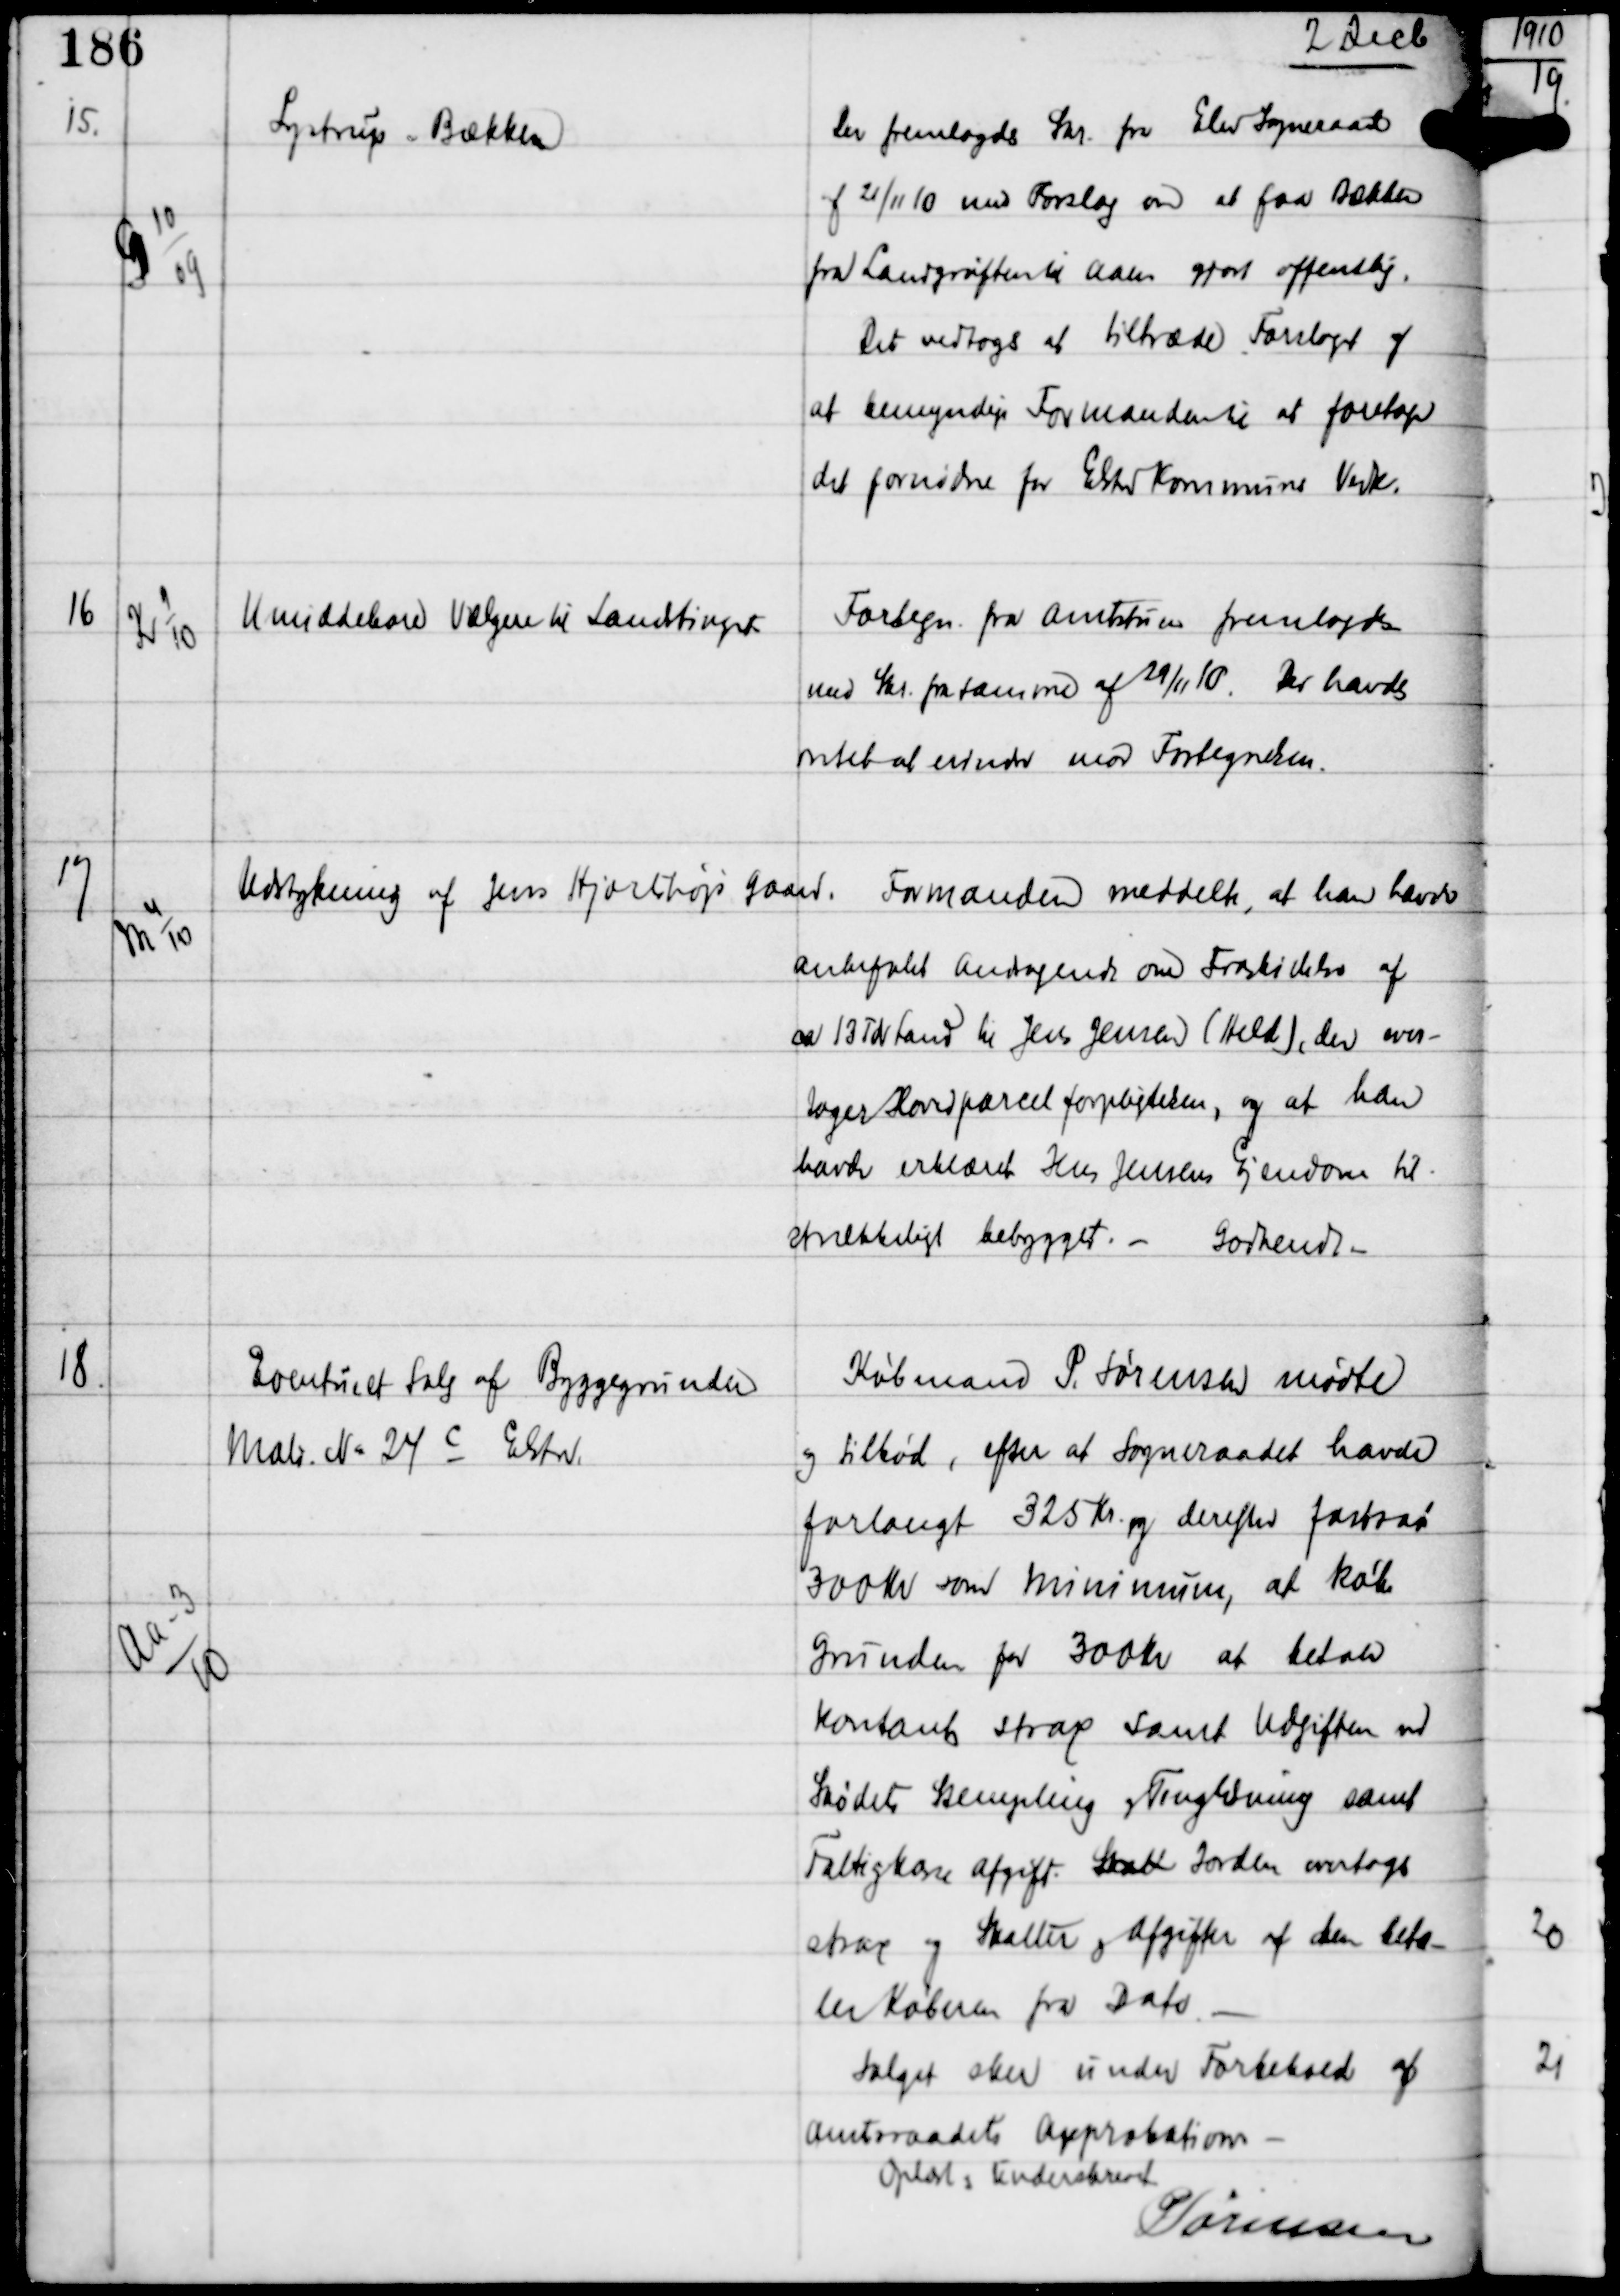
Transskription:
2 Decb

15.

G 10
09

Lystrup - Bækken

Der fremlagdes Skr fra Elev Sogneraad
af 21/11 10 med Forslag om at faa Bækken
fra Landgrøften til Aaen gjort offentlig.
Det vedtoges at tiltræde Forslaget og
at bemyndige Formanden til at foretage
det fornødne for Elsted Kommunes Vedk.

16

K 9
10

Umiddelbare Vælgere til Landstinget

Fortegn fra Amtsstuen fremlagdes
med Skr fra samme af 29/11 10. Der havdes
intet at erindre mod Fortegnelsen.

17

M 4
10

Udstykning af Jens Hjortshøjs Gaard.

Formanden meddelte, at han havde
anbefalet andragende om Fraskillelse af
ca 13 Tdr Land til Jens Jensen (Held), der over-
tager Hovedparcelforpligtelsen, og at han
havde erklæret Jens Jensens Ejendom til-
strækkeligt bebygget. -
Godkendt -

18.

Aa-3
10

Eventuelt Salg af Byggegrunden
Matr N: 24 c Elsted.

Købmand P. Sørensen mødte
og tilbød, efter at Sogneraadet havde
forlangt 325 Kr og derefter fastsat
300 Kr som minimum, at købe
Grunden for 300 Kr at betale
kontant strax samt Udgiften ved
Skødets Stempling og Tinglysning samt
Fattigkasse afgift. Strax Jorden overtages
strax og Skatter og Afgifter af den beta-
ler Køberen fra Dato -
Salget sker under Forbehold af
Amtsraadets Approbation -
Oplæst og Underskrevet
P Sørensen